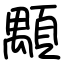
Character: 顒